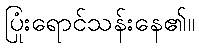
ပြုံးရောင်သန်းနေ၏။